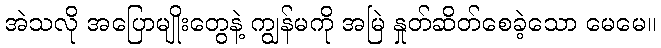
အဲသလို အပြောမျိုးတွေနဲ့ ကျွန်မကို အမြဲ နှုတ်ဆိတ်စေခဲ့သော မေမေ။